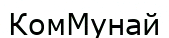
КомМунай